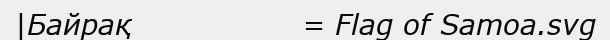
|Байрақ                 = Flag of Samoa.svg